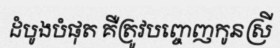
ដំបូងបំផុត គឺត្រូវបញ្ចេញកូនស្រី